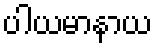
ပါယမာနာယ